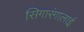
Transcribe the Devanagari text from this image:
सिगारंगालाई